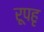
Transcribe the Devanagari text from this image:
रूपहृ